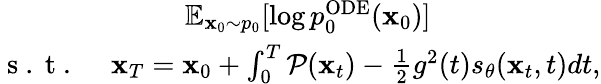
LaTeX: \begin{array}{r}{\mathbb{E}_{\mathbf{x}_{0}\sim p_{0}}[\log p_{0}^{\mathrm{ODE}}(\mathbf{x}_{0})]\qquad\qquad\qquad}\\ {\mathrm{~s~.~t~.~}\quad\mathbf{x}_{T}=\mathbf{x}_{0}+\int_{0}^{T}\mathcal{P}(\mathbf{x}_{t})-\frac{1}{2}g^{2}(t)s_{\theta}(\mathbf{x}_{t},t)dt,}\end{array}